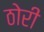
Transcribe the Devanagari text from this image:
ठोरी